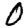
Digit: 0